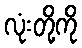
လုံးတို့ကို